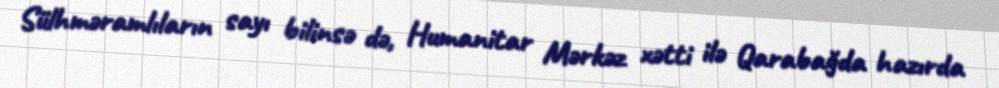
Sülhməramlıların sayı bilinsə də, Humanitar Mərkəz xətti ilə Qarabağda hazırda